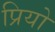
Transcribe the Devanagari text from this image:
प्रियो